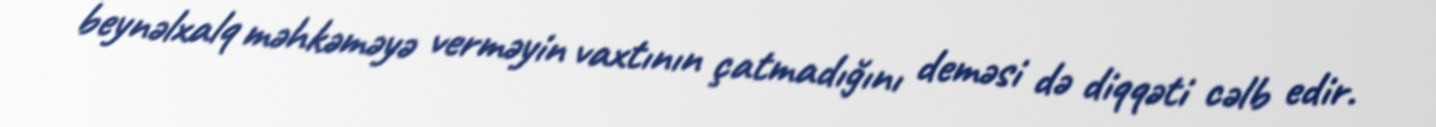
beynəlxalq məhkəməyə verməyin vaxtının çatmadığını deməsi də diqqəti cəlb edir.